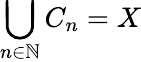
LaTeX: \bigcup_{n\in\mathbb{N}}C_{n}=X